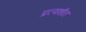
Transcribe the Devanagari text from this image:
प्रत्यशीत